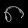
Digit: ၈